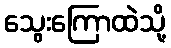
သွေးကြောထဲသို့